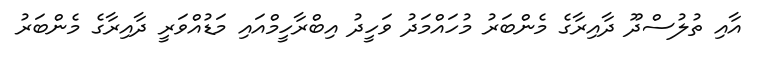
އާއި ތުލުސްދޫ ދާއިރާގެ މެންބަރު މުހައްމަދު ވަހީދު އިބްރާހީމްއައި މަޑުއްވަރީ ދާއިރާގެ މެންބަރު